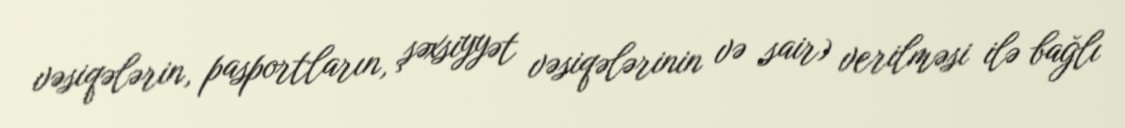
vəsiqələrin, pasportların, şəxsiyyət vəsiqələrinin və sair) verilməsi ilə bağlı